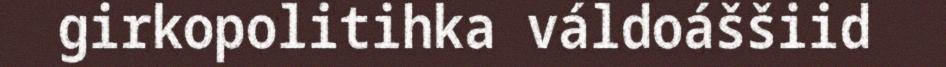
girkopolitihka váldoáššiid